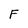
Character: F